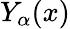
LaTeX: Y_{\alpha}(x)